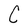
Character: C